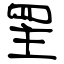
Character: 罜